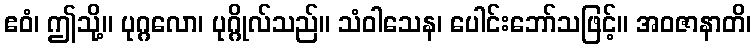
ဧဝံ၊ ဤသို့။ ပုဂ္ဂလော၊ ပုဂ္ဂိုလ်သည်။ သံဝါသေန၊ ပေါင်းဘော်သဖြင့်။ အဝဇာနာတိ၊